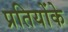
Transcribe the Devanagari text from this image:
प्रतियोंके